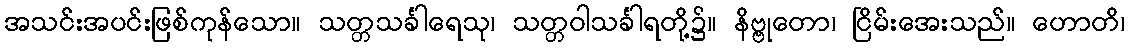
အသင်းအပင်းဖြစ်ကုန်သော။ သတ္တသင်္ခါရေသု၊ သတ္တဝါသင်္ခါရတို့၌။ နိဗ္ဗုတော၊ ငြိမ်းအေးသည်။ ဟောတိ၊